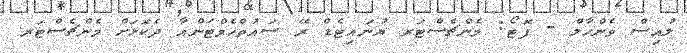
ލުއިސް ވެންހާލް - ފޮޓޯ: މެންޗެސްޓަރ ޔުނައިޓެޑް ރޭ ސައުތްހެމްޓަންއާ ދެކޮޅަށް މެންޗެސްޓަރ